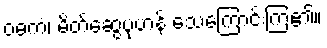
ဝဓကံ၊ မိတ်ဆွေပုံဟန် သေကြောင်းကြံ၏။